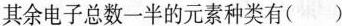
其余电子总数一半的元素种类有( )